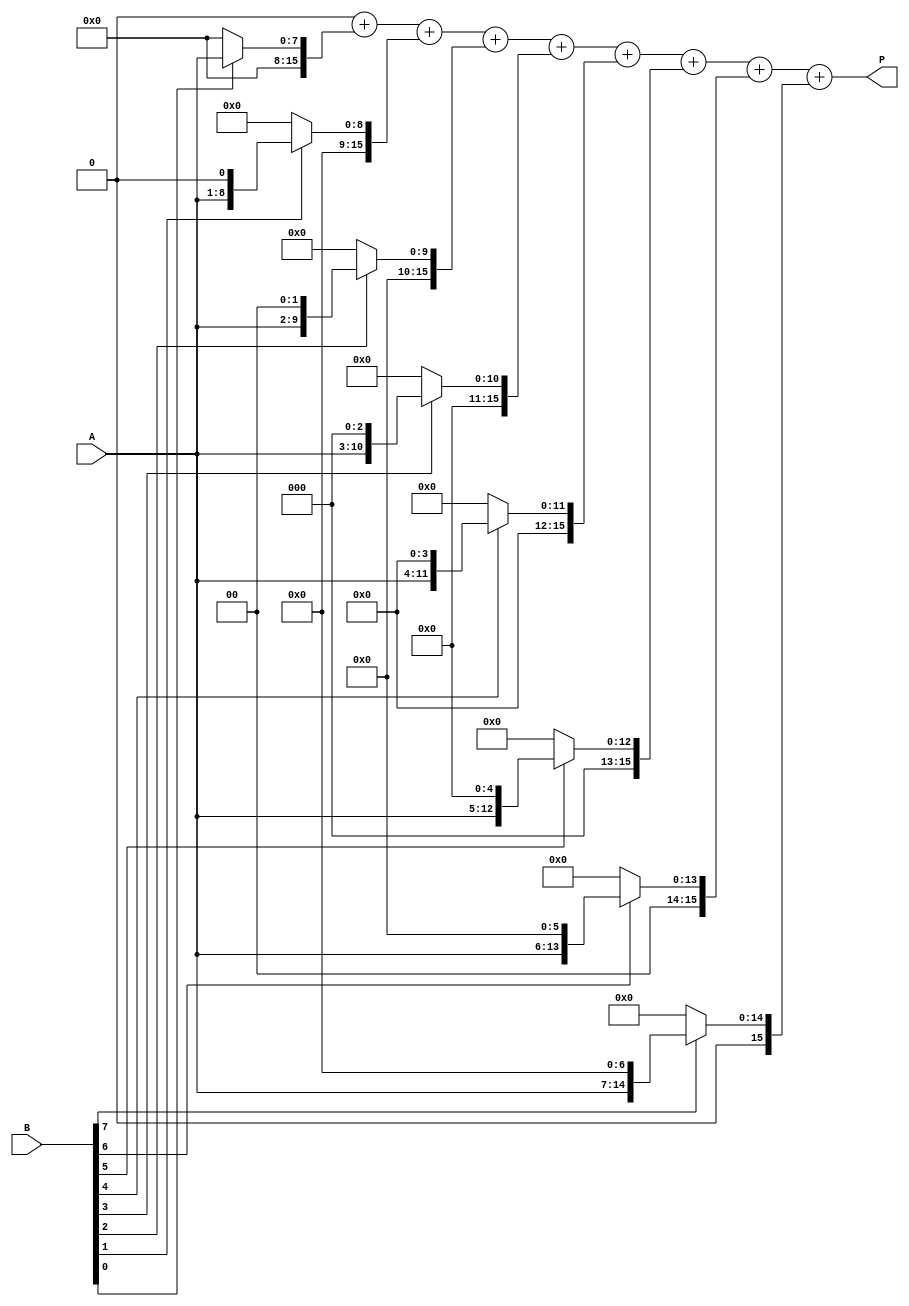
module radix2_multiplier #(parameter N = 8) (
    input  wire [N-1:0] A,  // Multiplicand
    input  wire [N-1:0] B,  // Multiplier
    output reg [2*N-1:0] P  // Product
);

    reg [2*N-1:0] partial_products [0:N-1]; // Array to hold partial products
    integer i, j;

    // Generate partial products
    always @(*) begin
        // Initialize product to zero
        P = 0;

        // Generate partial products
        for (i = 0; i < N; i = i + 1) begin
            if (B[i]) begin
                partial_products[i] = A << i; // Shift A left by i positions
            end else begin
                partial_products[i] = 0; // Zero if B[i] is 0
            end
        end

        // Sum partial products using a tree structure
        for (i = 0; i < N; i = i + 1) begin
            P = P + partial_products[i];
        end
    end

endmodule